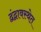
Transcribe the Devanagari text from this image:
द्वंद्वावस्थेत